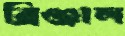
ব্রিঞ্জাল